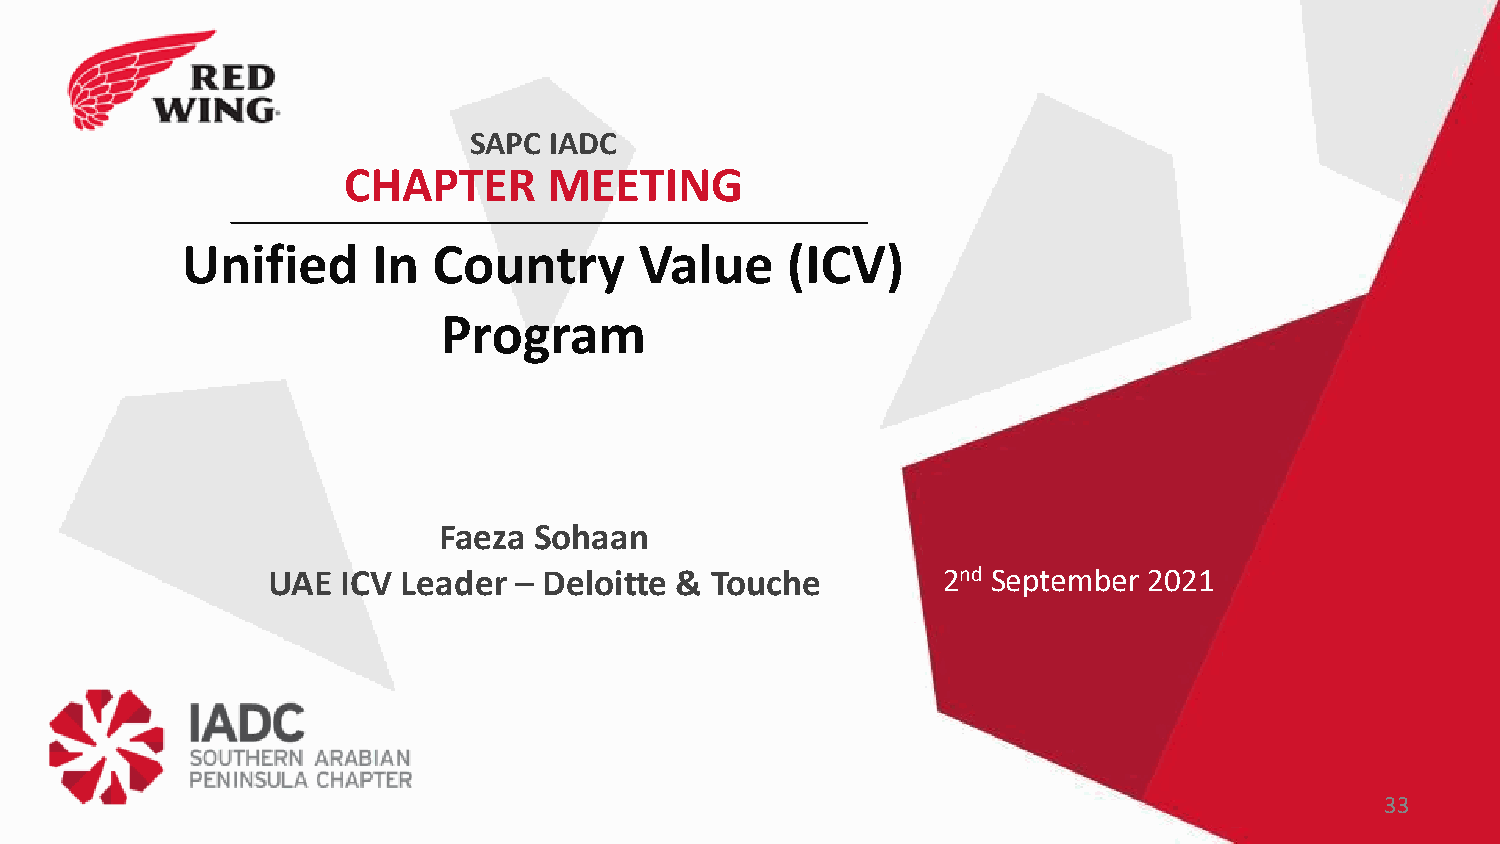
SAPC IADC
 CHAPTER      MEETING
 Unified      In  Country      Value     (ICV)
 Program
 Faeza Sohaan
 UAE  ICV Leader – Deloitte & Touche         2nd September 2021
 33